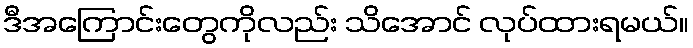
ဒီအကြောင်းတွေကိုလည်း သိအောင် လုပ်ထားရမယ်။